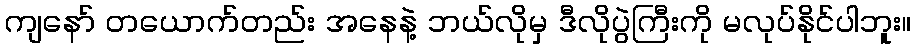
ကျနော် တယောက်တည်း အနေနဲ့ ဘယ်လိုမှ ဒီလိုပွဲကြီးကို မလုပ်နိုင်ပါဘူး။